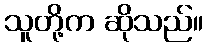
သူတို့က ဆိုသည်။